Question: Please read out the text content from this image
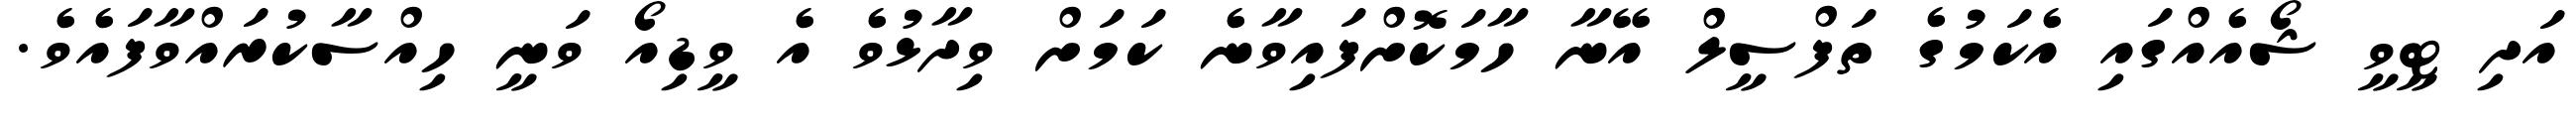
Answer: އަދި ޓީވީ ޝޯއެއްގައި އެކަމުގެ ތަފްސީލް އޭނާ ހާމަކޮށްފައިވާނެ ކަމަށް ވިދާޅުވެ އެ ވީޑިއޯ ވަނީ ހިއްސާކުރައްވާފައެވެ.